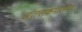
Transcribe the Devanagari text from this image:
अंतराकपालीय